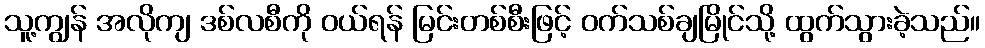
သူ့ကျွန် အလိုကျ ဒစ်လစီကို ဝယ်ရန် မြင်းတစ်စီးဖြင့် ဝက်သစ်ချမြိုင်သို့ ထွက်သွားခဲ့သည်။